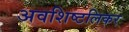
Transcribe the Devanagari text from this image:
अवशिष्टलिकर